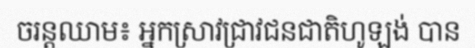
ចរន្តឈាម៖ អ្នកស្រាវជ្រាវជនជាតិហូឡង់ បាន